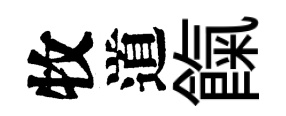
牧道餼